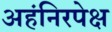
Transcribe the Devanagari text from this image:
अहंनिरपेक्ष